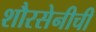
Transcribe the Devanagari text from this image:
शौरसेनीची